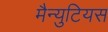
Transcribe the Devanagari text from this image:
मैन्युटियस